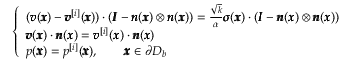
\left\{ \begin{array} { l l } { ( { \pmb v } ( { \pmb x } ) - { \pmb v } ^ { [ i ] } ( { \pmb x } ) ) \cdot ( { \pmb I } - { \pmb n } ( { \pmb x } ) \otimes { \pmb n } ( { \pmb x } ) ) = \frac { \sqrt { k } } { \alpha } { \pmb \sigma } ( { \pmb x } ) \cdot ( { \pmb I } - { \pmb n } ( { \pmb x } ) \otimes { \pmb n } ( { \pmb x } ) ) } \\ { { \pmb v } ( { \pmb x } ) \cdot { \pmb n } ( { \pmb x } ) = { \pmb v } ^ { [ i ] } ( { \pmb x } ) \cdot { \pmb n } ( { \pmb x } ) } \\ { p ( { \pmb x } ) = p ^ { [ i ] } ( { \pmb x } ) , \qquad { \pmb x } \in \partial D _ { b } } \end{array} \right.